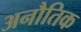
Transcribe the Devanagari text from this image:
अनौतिक